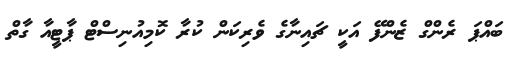
ބައްޕަ ރެންގް ޒެންފޭ އަކީ ޗައިނާގެ ވެރިކަން ކުރާ ކޮމިއުނިސްޓް ޕާޓީއާ ގާތް